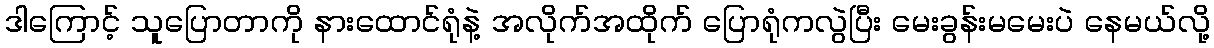
ဒါကြောင့် သူပြောတာကို နားထောင်ရုံနဲ့ အလိုက်အထိုက် ပြောရုံကလွဲပြီး မေးခွန်းမမေးပဲ နေမယ်လို့